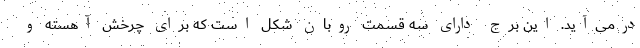
درمی‌آید. این برج دارای سه قسمت روبان شکل است که برای چرخش آهسته و